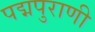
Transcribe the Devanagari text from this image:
पद्मपुराणी